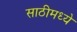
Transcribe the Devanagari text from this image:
साठीमध्ये